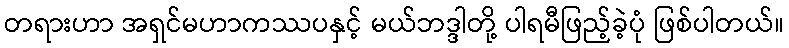
တရားဟာ အရှင်မဟာကဿပနှင့် မယ်ဘဒ္ဒါတို့ ပါရမီဖြည့်ခဲ့ပုံ ဖြစ်ပါတယ်။